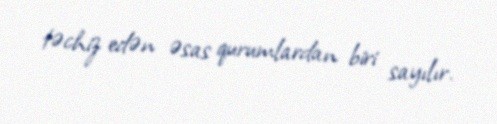
təchiz edən əsas qurumlardan biri sayılır.